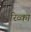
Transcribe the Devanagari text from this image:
रिव्का